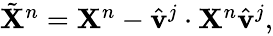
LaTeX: \begin{array}{r}{\tilde{\mathbf{X}}^{n}=\mathbf{X}^{n}-\hat{\mathbf{v}}^{j}\cdot\mathbf{X}^{n}\hat{\mathbf{v}}^{j},}\end{array}